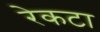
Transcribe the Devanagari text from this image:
रेकटा